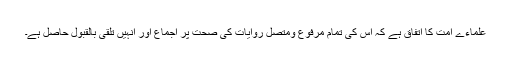
علماءے امت کا اتفاق ہے کہ اس کی تمام مرفوع ومتصل روایات کی صحت پر اجماع اور انہیں تلقی بالقبول حاصل ہے۔